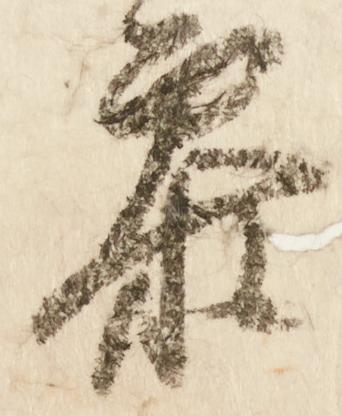
参